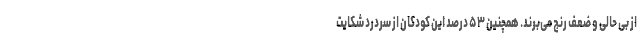
از بی حالی و ضعف رنج می‌برند. همچنین ۵۳ درصد این کودکان از سردرد شکایت